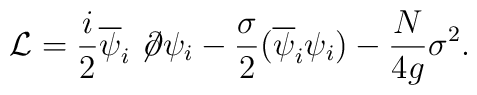
{\cal L} =\frac{i}2\overline \psi_i \not \!\partial \psi_i -\frac{\sigma}2 (\overline \psi_i \psi_i)- \frac{N}{4g}\sigma^2.